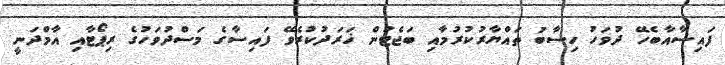
ފައިސާއާބެހޭ ދުވަހު ހިސާބު ތައްޔާރުކުރުމާއި ބަޖެޓުން ޚަރަދުކުރެވޭ ފައިސާގެ މަސްދުވަހުގެ ރިޕޯޓާއި އާމްދަނީ